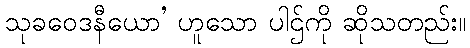
သုခဝေဒနီယော’ ဟူသော ပါဌ်ကို ဆိုသတည်း။